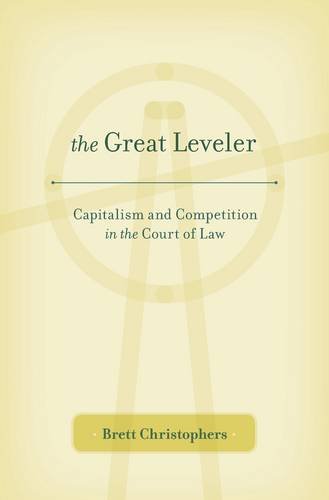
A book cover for The Great Leveler: Capitalism and Competition in the Court of Law; Brett Christophers; Law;